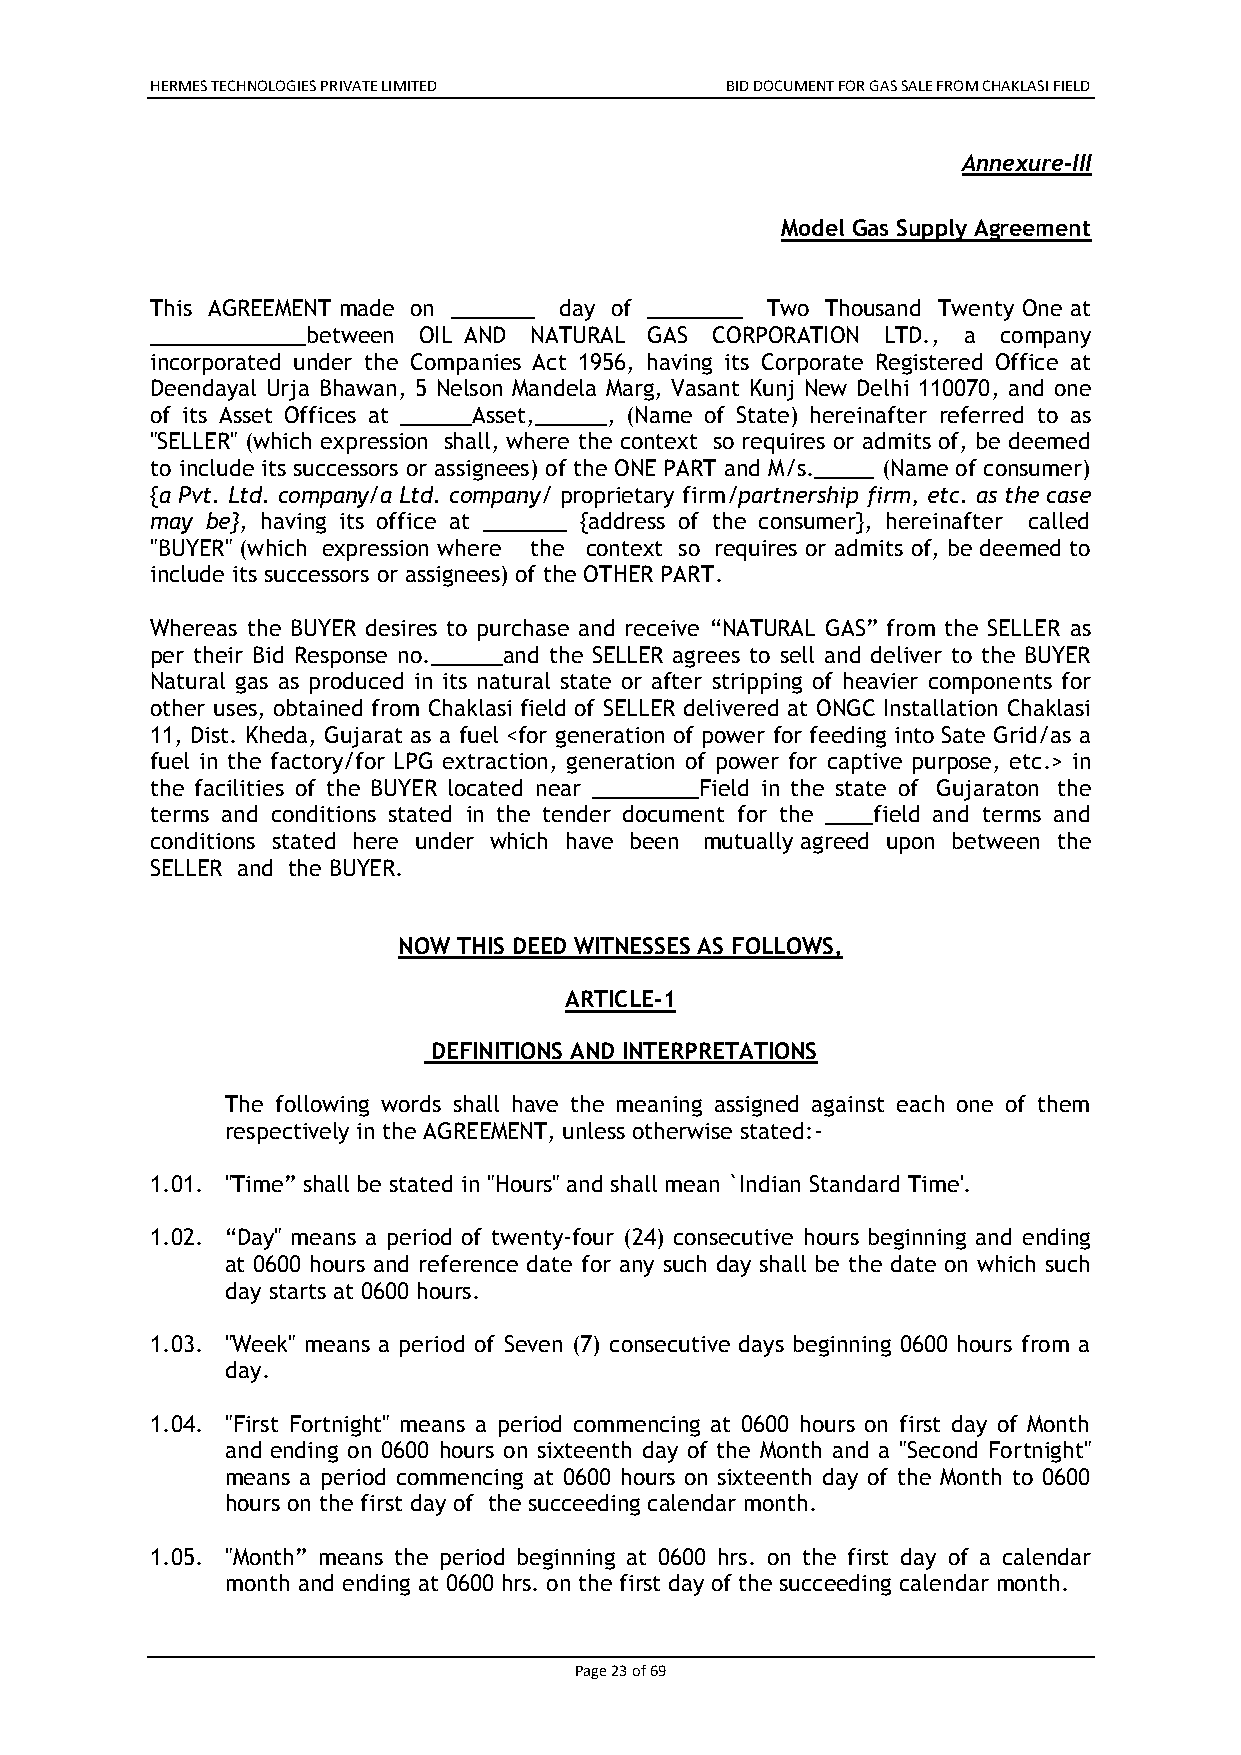
HERMES TECHNOLOGIES PRIVATE LIMITED   BID DOCUMENT FOR GAS SALE FROM CHAKLASI FIELD
 Annexure-III
 Model Gas Supply Agreement
 This AGREEMENT made on _______ day of ________ Two Thousand Twenty One at
 _____________between OIL AND NATURAL GAS CORPORATION LTD., a company
 incorporated under the Companies Act 1956, having its Corporate Registered Office at
 Deendayal Urja Bhawan, 5 Nelson Mandela Marg, Vasant Kunj New Delhi 110070, and one
 of its Asset Offices at ______Asset,______, (Name of State) hereinafter referred to as
 "SELLER" (which expression shall, where the context so requires or admits of, be deemed
 to include its successors or assignees) of the ONE PART and M/s._____ (Name of consumer)
 {a Pvt. Ltd. company/a Ltd. company/ proprietary firm/partnership firm, etc. as the case
 may be}, having its office at _______ {address of the consumer}, hereinafter called
 "BUYER" (which expression where the context so requires or admits of, be deemed to
 include its successors or assignees) of the OTHER PART.
 Whereas the BUYER desires to purchase and receive “NATURAL GAS” from the SELLER as
 per their Bid Response no.______and the SELLER agrees to sell and deliver to the BUYER
 Natural gas as produced in its natural state or after stripping of heavier components for
 other uses, obtained from Chaklasi field of SELLER delivered at ONGC Installation Chaklasi
 11, Dist. Kheda, Gujarat as a fuel <for generation of power for feeding into Sate Grid/as a
 fuel in the factory/for LPG extraction, generation of power for captive purpose, etc.> in
 the facilities of the BUYER located near _________Field in the state of Gujaraton the
 terms and conditions stated in the tender document for the ____field and terms and
 conditions stated here under which have been mutually agreed upon between the
 SELLER and the BUYER.
 NOW THIS DEED WITNESSES AS FOLLOWS,
 ARTICLE-1
 DEFINITIONS AND INTERPRETATIONS
 The following words shall have the meaning assigned against each one of them
 respectively in the AGREEMENT, unless otherwise stated:-
 1.01. "Time” shall be stated in "Hours" and shall mean `Indian Standard Time'.
 1.02. “Day" means a period of twenty-four (24) consecutive hours beginning and ending
 at 0600 hours and reference date for any such day shall be the date on which such
 day starts at 0600 hours.
 1.03. "Week" means a period of Seven (7) consecutive days beginning 0600 hours from a
 day.
 1.04. "First Fortnight" means a period commencing at 0600 hours on first day of Month
 and ending on 0600 hours on sixteenth day of the Month and a "Second Fortnight"
 means a period commencing at 0600 hours on sixteenth day of the Month to 0600
 hours on the first day of the succeeding calendar month.
 1.05. "Month” means the period beginning at 0600 hrs. on the first day of a calendar
 month and ending at 0600 hrs. on the first day of the succeeding calendar month.
 Page 23 of 69